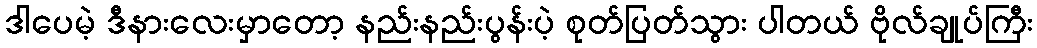
ဒါပေမဲ့ ဒီနားလေးမှာတော့ နည်းနည်းပွန်းပဲ့ စုတ်ပြတ်သွား ပါတယ် ဗိုလ်ချုပ်ကြီး